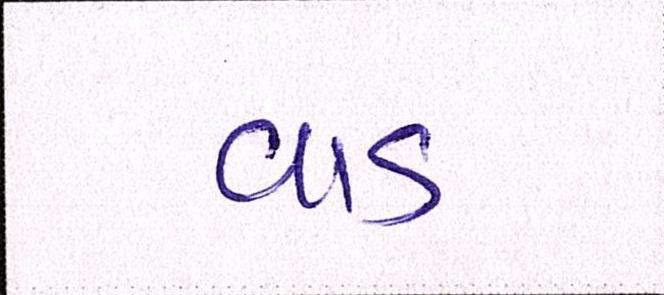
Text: વાડ